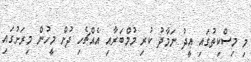
މި މިސްކިތުގައި ޢީދު ނަމާދު ކުރި މުމްބަރާއި އެއްޗެހި ދުށް މީހުން މިރަށުގައި